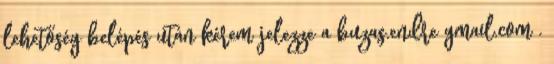
lehetőség belépés után kérem jelezze a buzas.endre gmail.com .